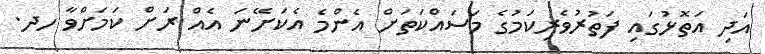
އަދި އަތޮޅުގައި ފަތުރުވެރިކަމުގެ މަސައްކަތަށް އެންމެ އެކަށޭނަ އެއް ރަށް ކަމަށްވާ ހދ.